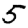
Digit: 5